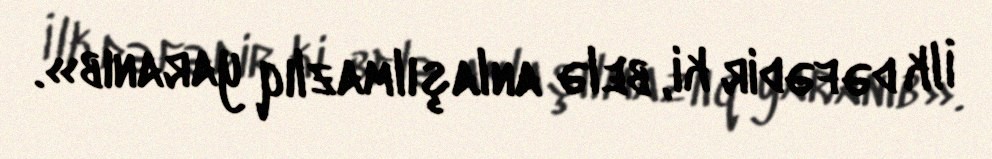
İlk dəfədir ki, belə anlaşılmazlıq yaranıb».